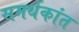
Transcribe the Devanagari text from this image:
समर्थकांत